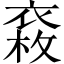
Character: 𧛉